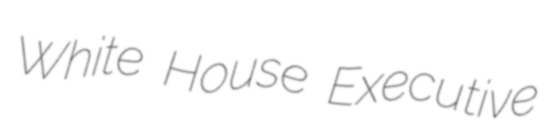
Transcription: White House Executive